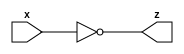
module not_gate_n (x, z);
  // synopsys template
  parameter integer n = 32;
  input [n-1:0] x;
  output [n-1:0] z;

  assign z = ~x ;


endmodule